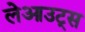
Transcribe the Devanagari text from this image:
लेआउट्स